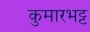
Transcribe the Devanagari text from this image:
कुमारभट्ट